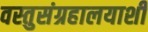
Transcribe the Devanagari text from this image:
वस्तुसंग्रहालयाशी